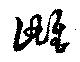
雌